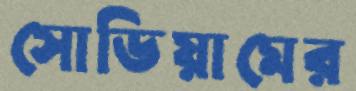
সোডিয়ামের